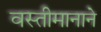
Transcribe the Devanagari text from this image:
वस्तीमानाने